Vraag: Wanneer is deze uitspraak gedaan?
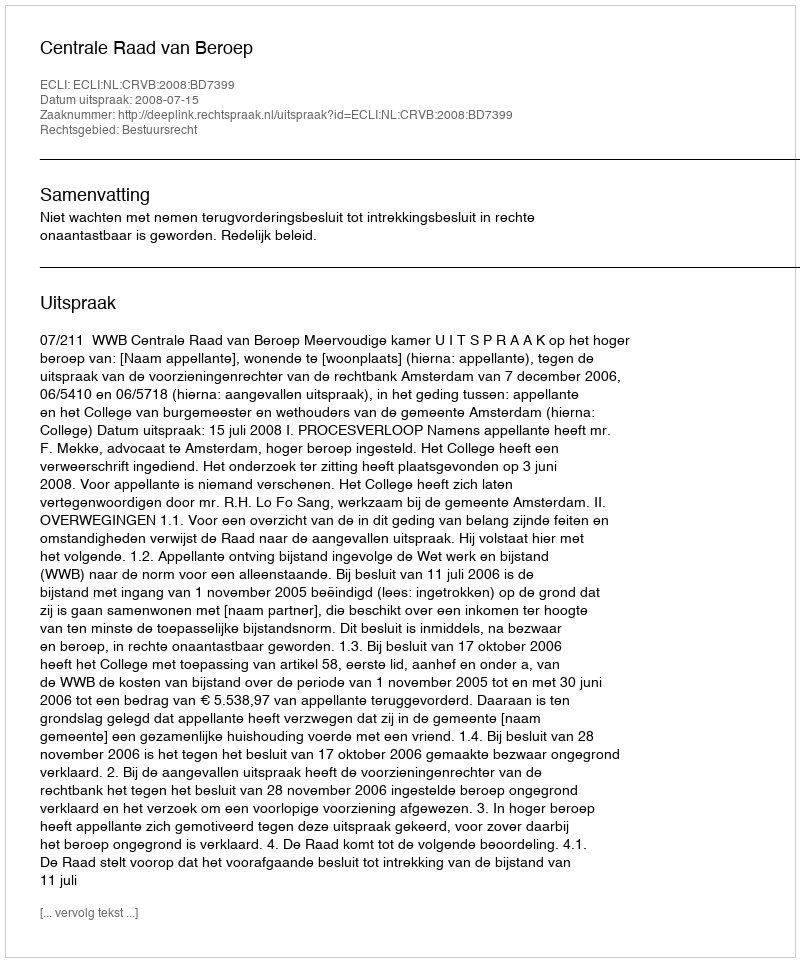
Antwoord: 2008-07-15